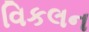
વિકલન